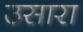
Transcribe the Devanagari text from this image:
उसारा